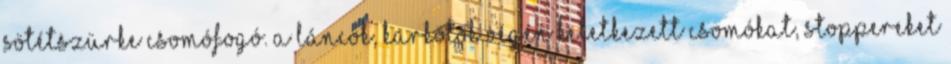
sötétszürke csomófogó. A láncok, karkötők végén keletkezett csomókat, stoppereket